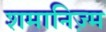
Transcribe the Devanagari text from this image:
शमानिज़्म